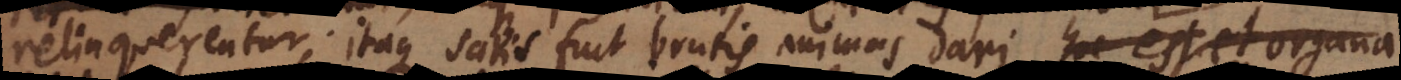
relinquerentur; itaque satis fuit brutis animas dari, hoc est et organa